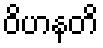
ဝိဟနတိ